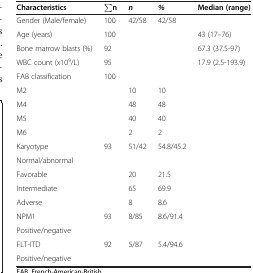
| Characteristics | ∑n | n | % | Median (range) |
 | --- | --- | --- | --- | --- |
 | Gender (Male/female) | 100 | 42/58 | 42/58 |  |
 | Age (years) | 100 |  |  | 43 (17–76) |
 | Bone marrow blasts (%) | 92 |  |  | 67.3 (37.5-97) |
 | WBC count (x109/L) | 95 |  |  | 17.9 (2.5-193.9) |
 | FAB classification | 100 |  |  |  |
 | M2 |  | 10 | 10 |  |
 | M4 |  | 48 | 48 |  |
 | M5 |  | 40 | 40 |  |
 | M6 |  | 2 | 2 |  |
 | Karyotype | <ROWSPAN=2> 93 | <ROWSPAN=2> 51/42 | <ROWSPAN=2> 54.8/45.2 | <ROWSPAN=2>  |
 | Normal/abnormal |
 | Favorable |  | 20 | 21.5 |  |
 | Intermediate |  | 65 | 69.9 |  |
 | Adverse |  | 8 | 8.6 |  |
 | NPM1 | <ROWSPAN=2> 93 | <ROWSPAN=2> 8/85 | <ROWSPAN=2> 8.6/91.4 | <ROWSPAN=2>  |
 | Positive/negative |
 | FLT-ITD | <ROWSPAN=2> 92 | <ROWSPAN=2> 5/87 | <ROWSPAN=2> 5.4/94.6 | <ROWSPAN=2>  |
 | Positive/negative |